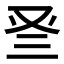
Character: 𠬴